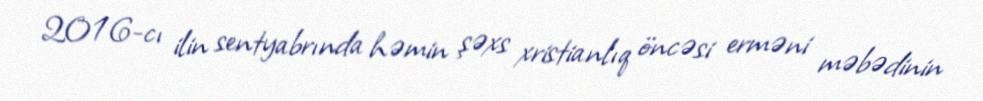
2016-cı ilin sentyabrında həmin şəxs xristianlıq öncəsi erməni məbədinin